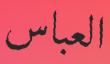
العباس